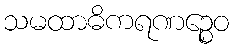
သမထာဓိကရဏဉ္စေဝ